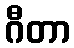
ဂီတာ